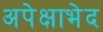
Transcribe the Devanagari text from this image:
अपेक्षाभेद